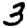
Digit: 3